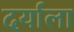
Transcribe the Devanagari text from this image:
दर्याला